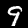
Digit: 9